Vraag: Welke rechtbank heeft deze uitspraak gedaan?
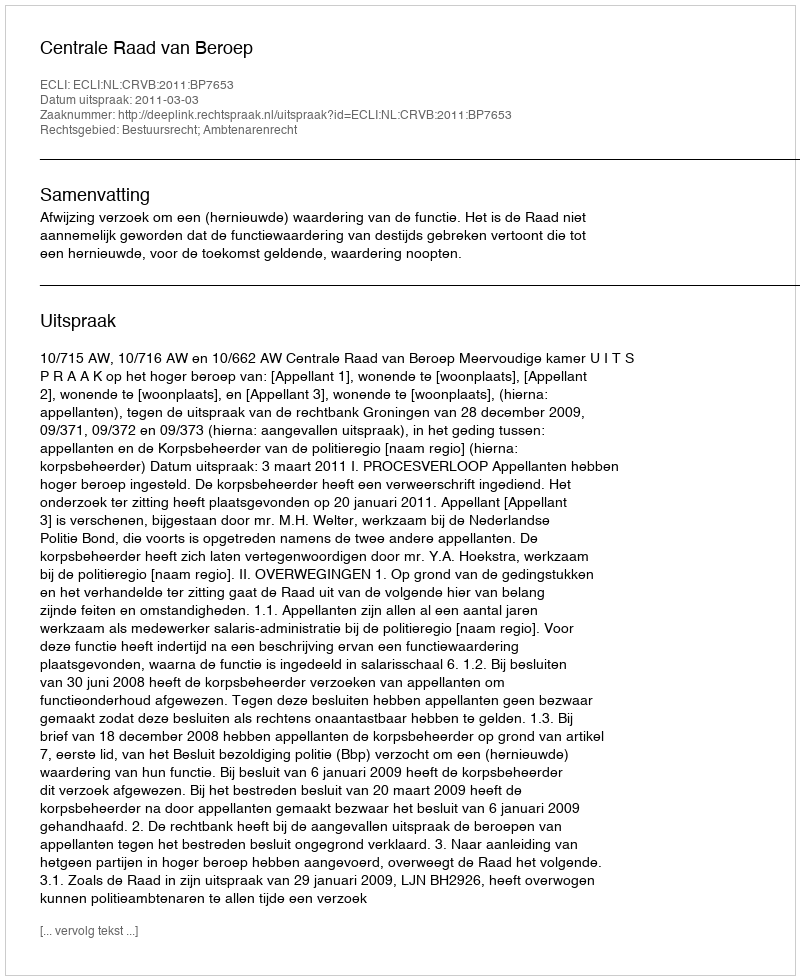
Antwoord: Centrale Raad van Beroep